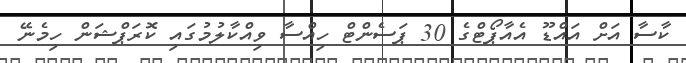
ކާސާ އަށް އައްޑޫ އެއާޕޯޓްގެ 30 ޕަސެންޓް ހިއްސާ ވިއްކާލުމުގައި ކޮރަޕްޝަން ހިމެނޭ